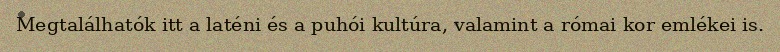
Megtalálhatók itt a laténi és a puhói kultúra, valamint a római kor emlékei is.